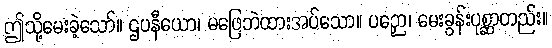
ဤသို့မေးခဲ့သော်။ ဌပနီယော၊ မဖြေဘဲထားအပ်သော။ ပဉှော၊ မေးခွန်းပုစ္ဆာတည်း။